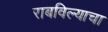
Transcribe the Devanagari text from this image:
राबविल्याचा